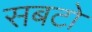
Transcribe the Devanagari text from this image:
सबटो